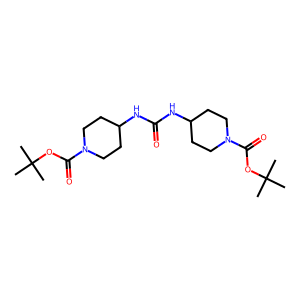
SMILES: CC(C)(C)OC(=O)N1CCC(NC(=O)NC2CCN(C(=O)OC(C)(C)C)CC2)CC1
Inhibits HIV replication: No